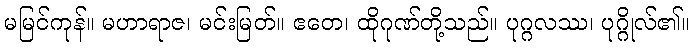
မမြင်ကုန်။ မဟာရာဇ၊ မင်းမြတ်။ ဧတေ၊ ထိုဂုဏ်တို့သည်။ ပုဂ္ဂလဿ၊ ပုဂ္ဂိုလ်၏။